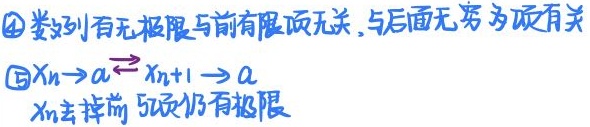
\textcircled{4} 数列有无极限与前有限项无关，与后面无穷多项有关
\textcircled{5} \(x_{n}\to a\Leftrightarrow x_{n + 1}\to a\)，\(x_{n}\)去掉前5项仍有极限